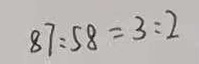
8 7 : 5 8 = 3 : 2